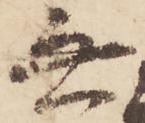
無